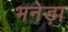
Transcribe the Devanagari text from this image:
भनेड़ा